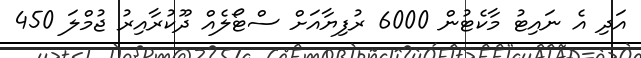
އަދި އެ ނައިޓު މާކެޓުން 6000 ރުފިޔާއަށް ސްޓޯލެއް ދޫކުރާއިރު ޖުމްލަ 450